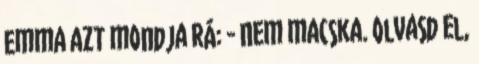
Emma azt mondja rá: - Nem macska. Olvasd el,